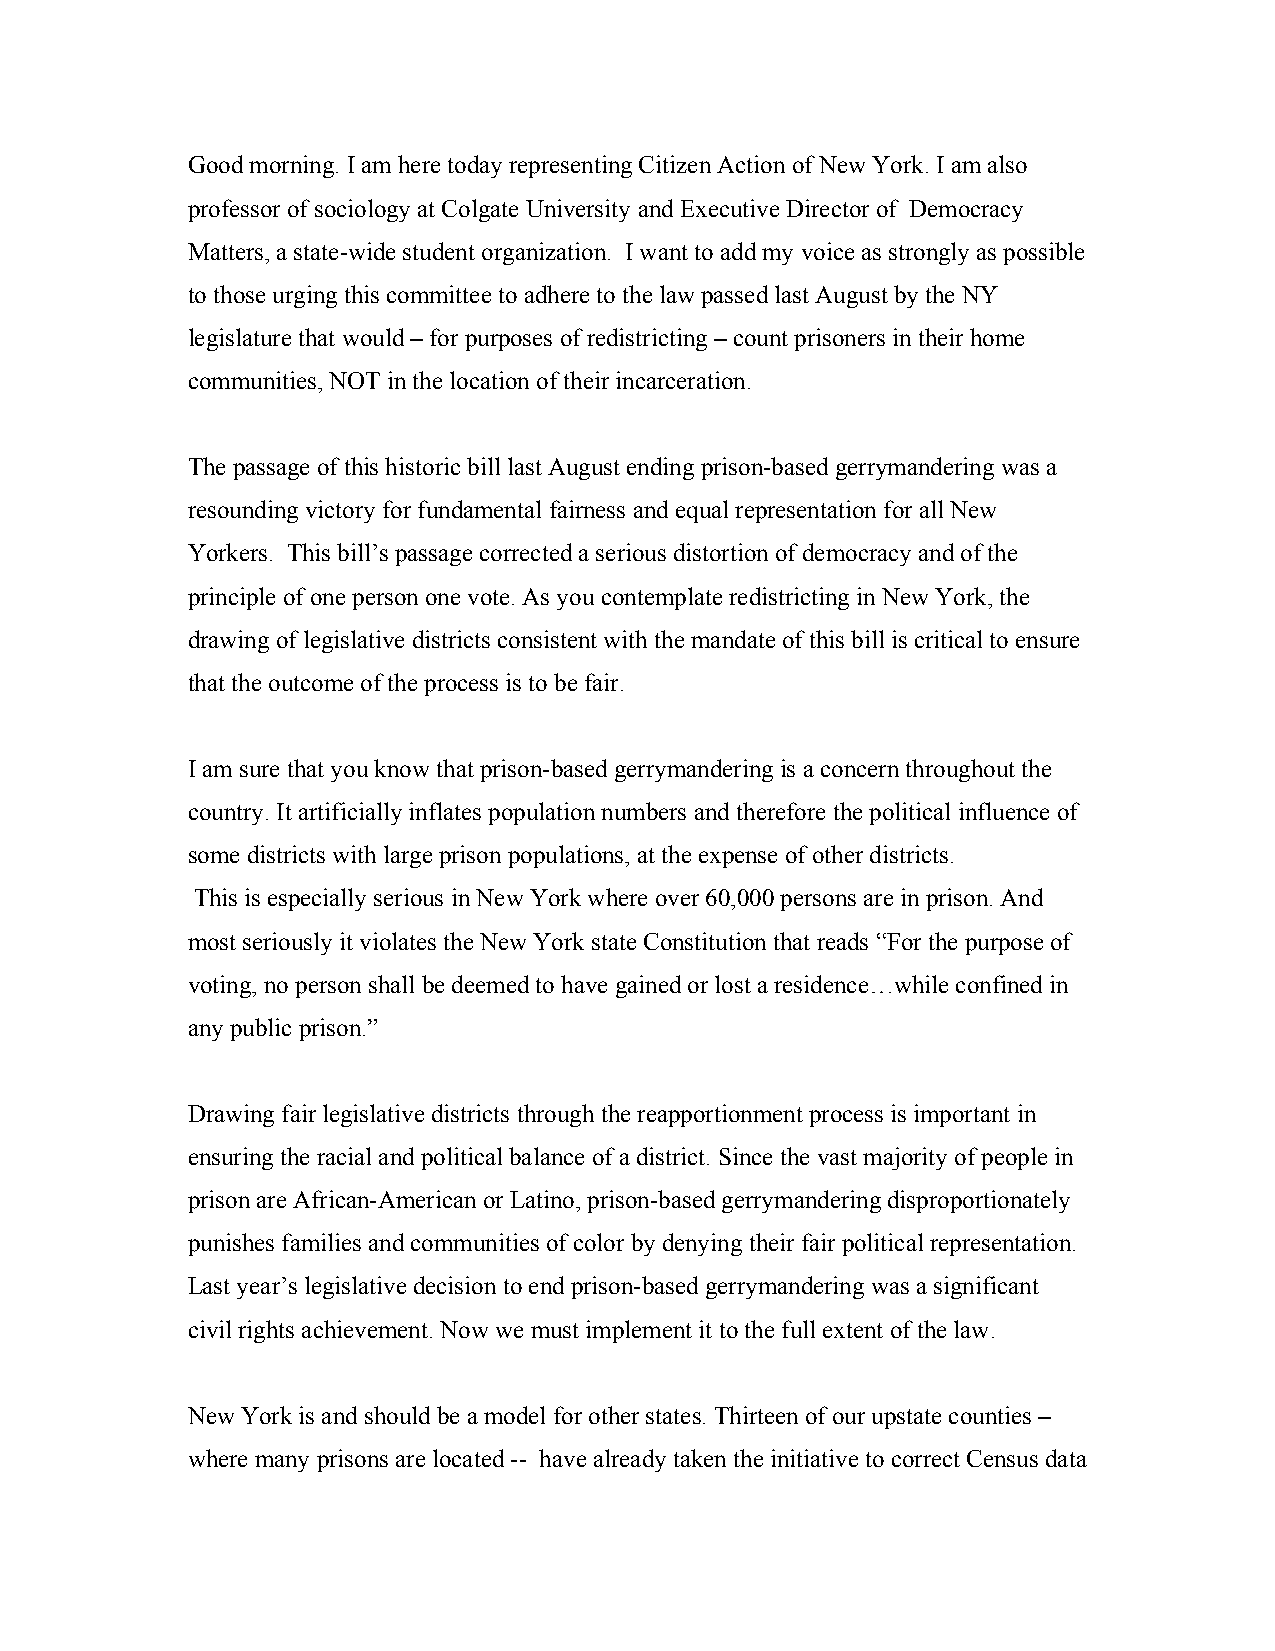
Good morning. I am here today representing Citizen Action of New York. I am also
 professor of sociology at Colgate University and Executive Director of Democracy
 Matters, a state-wide student organization. I want to add my voice as strongly as possible
 to those urging this committee to adhere to the law passed last August by the NY
 legislature that would – for purposes of redistricting – count prisoners in their home
 communities, NOT in the location of their incarceration.
 The passage of this historic bill last August ending prison-based gerrymandering was a
 resounding victory for fundamental fairness and equal representation for all New
 Yorkers. This bill’s passage corrected a serious distortion of democracy and of the
 principle of one person one vote. As you contemplate redistricting in New York, the
 drawing of legislative districts consistent with the mandate of this bill is critical to ensure
 that the outcome of the process is to be fair.
 I am sure that you know that prison-based gerrymandering is a concern throughout the
 country. It artificially inflates population numbers and therefore the political influence of
 some districts with large prison populations, at the expense of other districts.
 This is especially serious in New York where over 60,000 persons are in prison. And
 most seriously it violates the New York state Constitution that reads “For the purpose of
 voting, no person shall be deemed to have gained or lost a residence…while confined in
 any public prison.”
 Drawing fair legislative districts through the reapportionment process is important in
 ensuring the racial and political balance of a district. Since the vast majority of people in
 prison are African-American or Latino, prison-based gerrymandering disproportionately
 punishes families and communities of color by denying their fair political representation.
 Last year’s legislative decision to end prison-based gerrymandering was a significant
 civil rights achievement. Now we must implement it to the full extent of the law.
 New York is and should be a model for other states. Thirteen of our upstate counties –
 where many prisons are located -- have already taken the initiative to correct Census data